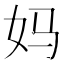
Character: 妈